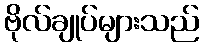
ဗိုလ်ချုပ်များသည်